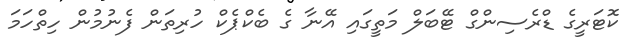
ކޮޓަރީގެ ޑްރެސިންގް ޓޭބަލް މަތީގައި އޭނާ ގެ ބެކްޕެކް ހުރިތަން ފެނުމުން ހިތްހަމަ